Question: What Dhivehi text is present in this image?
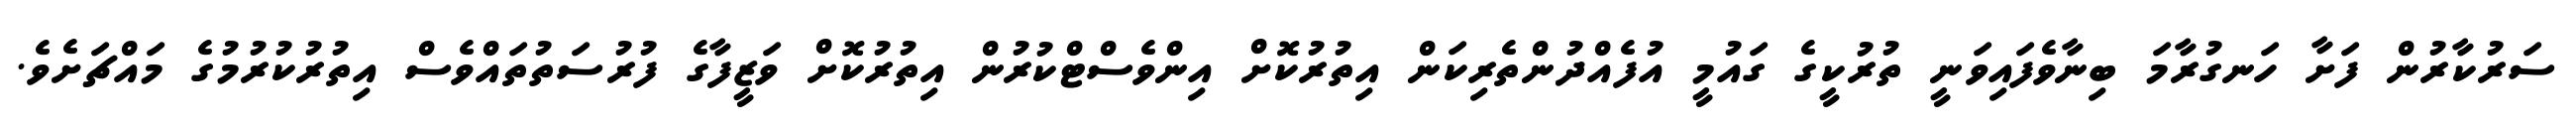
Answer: ސަރުކާރުން ފަށާ ހަނގުރާމަ ބިނާވެފައިވަނީ ތުރުކީގެ ގައުމީ އުފެއްދުންތެރިކަން އިތުރުކޮށް އިންވެސްޓްކުރުން އިތުރުކޮށް ވަޒީފާގެ ފުރުސަތުތައްވެސް އިތުރުކުރުމުގެ މައްޗަށެވެ.